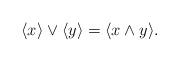
LaTeX: \begin{align*}\langle x\rangle\vee\langle y\rangle=\langle x\wedge y\rangle. \end{align*}